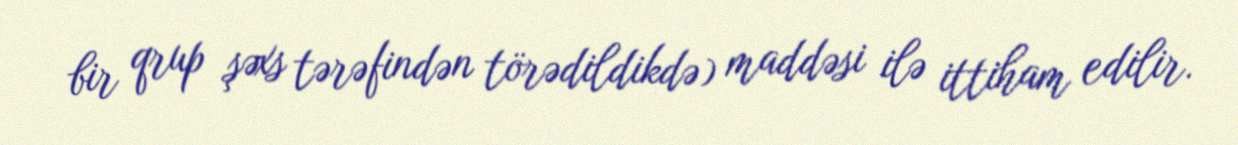
bir qrup şəxs tərəfindən törədildikdə) maddəsi ilə ittiham edilir.